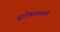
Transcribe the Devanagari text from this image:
सुटीकाळातली